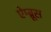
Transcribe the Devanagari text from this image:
ऐम्ब्रूस